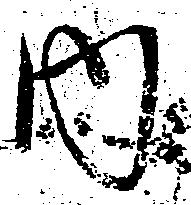
内